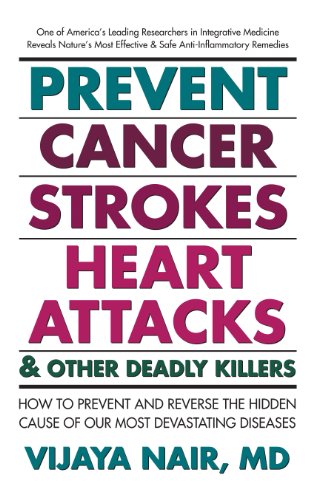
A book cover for Prevent Cancer, Strokes, Heart Attacks & Other Deadly Killers: How to Prevent and Reverse the Hidden Cause of Our Most Devastating Diseases; Vijaya Nair; Health, Fitness & Dieting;